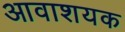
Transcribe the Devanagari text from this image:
आवाशयक